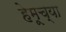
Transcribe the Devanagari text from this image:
हेमूच्या